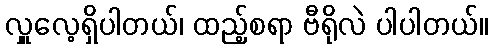
လှူလေ့ရှိပါတယ်၊ ထည့်စရာ ဗီရိုလဲ ပါပါတယ်။